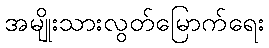
အမျိုးသားလွတ်မြောက်ရေး